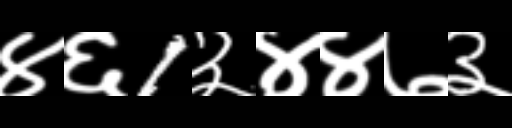
Text: ४६1३४४७३